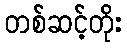
တစ်ဆင့်တိုး